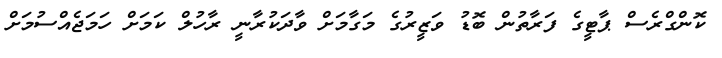
ކޮންގްރެސް ޕާޓީގެ ފަރާތުން ބޮޑު ވަޒީރުގެ މަގާމަށް ވާދަކުރާނީ ރާހުލް ކަމަށް ހަމަޖެއްސުމަށް